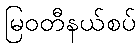
မြဝတီနယ်စပ်